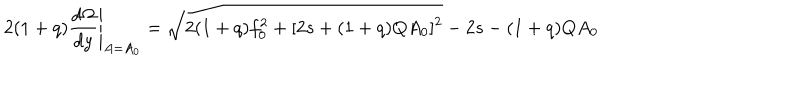
2 ( 1 + q ) \frac { d \Omega } { d y } \Bigg \vert _ { A = A _ { 0 } } = \sqrt { 2 ( 1 + q ) f _ { 0 } ^ { 2 } + [ 2 s + ( 1 + q ) Q A _ { 0 } ] ^ { 2 } } - 2 s - ( 1 + q ) Q A _ { 0 }